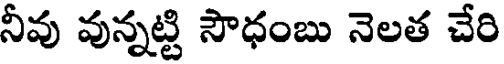
నీవు వున్నట్టి సౌధంబు నెలత చేరి